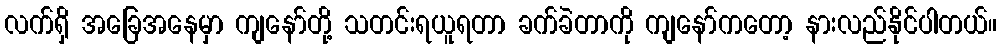
လက်ရှိ အခြေအနေမှာ ကျနော်တို့ သတင်းရယူရတာ ခက်ခဲတာကို ကျနော်ကတော့ နားလည်နိုင်ပါတယ်။